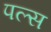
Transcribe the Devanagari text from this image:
पल्‍स